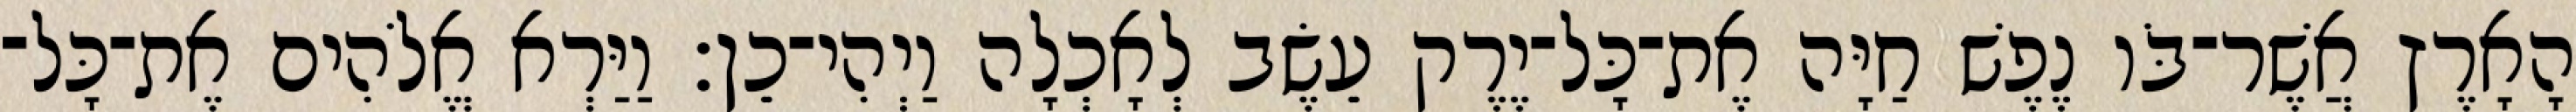
הָאָרֶץ אֲשֶׁר־בֹּו נֶפֶשׁ חַיָּה אֶת־כָּל־יֶרֶק עֵשֶׂב לְאָכְלָה וַיְהִי־כֵן׃ וַיַּרְא אֱלֹהִים אֶת־כָּל־